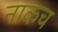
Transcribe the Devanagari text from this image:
नाकच